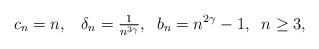
LaTeX: \begin{align*} c_n = n, \;\;\; \delta_n = \tfrac{1}{n^{3 \gamma}}, \;\; b_n = n^{2\gamma} -1, \;\;n \ge 3, \end{align*}